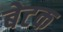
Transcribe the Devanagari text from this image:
बेटक